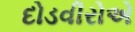
દોડવીરોએ